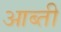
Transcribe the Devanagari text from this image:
आब्ती